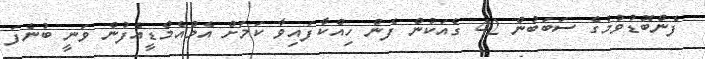
ފެންބޮޑުވުމުގެ ސަބަބުން 42 ގެއަކުން ފެން ހިއްކާފައިވާ ކަމަށް އެމްއެމްޑީއެފުން ވަނީ ބުނެފަ